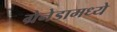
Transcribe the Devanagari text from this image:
ग्रेनेडामध्ये